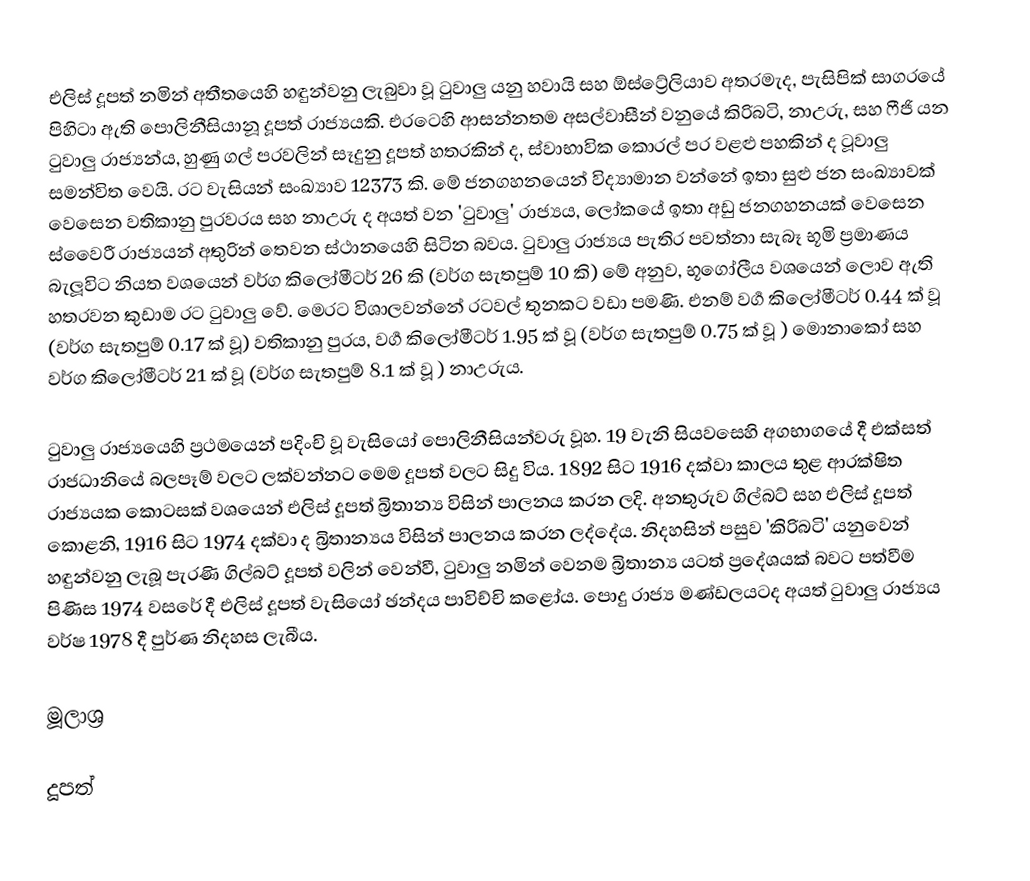
එලිස් දූපත් නමින් අතීතයෙහි හඳුන්වනු ලැබුවා වූ ටුවාලු යනු හවායි සහ ඕස්ට්‍රේලියාව අතරමැද, පැසිපික් සාගරයේ පිහිටා ඇති පොලිනීසියානූ දූපත් රාජ්‍යයකි. එ‍රටෙහි ආසන්නතම අසල්වාසීන් වනුයේ කිරිබටි, නාඋරු, සහ ෆීජි යන ටුවාලු රාජ්‍යන්ය, හුණු ගල් පරවලින් සෑදුනු දූපත් හතරකින් ද, ස්වාභාවික කොරල් පර වළළු පහකින් ද ටූවාලු සමන්විත වෙයි. රට වැසියන් සංඛ්‍යාව 12373 කි. මේ ජනගහනයෙන් විද්‍යාමාන වන්නේ ඉතා සුළු  ජන සංඛ්‍යාවක් වෙසෙන වතිකානු පුරවරය සහ නාඋරු ද අයත් වන 'ටුවාලු' රාජ්‍යය, ලෝකයේ ඉතා අඩු ජනගහනයක් වෙසෙන ස්වෛරී රාජ්‍යයන් අතුරින් තෙවන ස්ථානයෙහි සිටින බවය. ටුවාලු රාජ්‍යය පැතිර පවත්නා සැබෑ භූමි ප්‍රමාණය බැලූවිට නියත වශයෙන් වර්ග කිලෝමීටර් 26 කි (වර්ග සැතපුම් 10 කි) මේ අනුව, භූගෝලීය වශයෙන් ලොව ඇති හතරවන කුඩාම රට ටුවාලු වේ. මෙරට විශාලවන්නේ රටවල් තුනකට වඩා පමණි. එනම් වර්‍ග කිලෝමීටර් 0.44 ක් වූ (වර්ග සැතපුම් 0.17 ක් වූ) වතිකානු පුරය, වර්‍ග කිලෝමීටර් 1.95 ක් වූ (වර්ග සැතපුම් 0.75 ක් වූ ) මොනාකෝ සහ වර්ග කිලෝමීටර් 21 ක් වූ (වර්ග සැතපුම් 8.1 ක් වූ ) නාඋරුය.

ටුවාලු රාජ්‍යයෙහි ප්‍රථමයෙන් පදිංචි වූ වැසි‍යෝ පොලිනීසියන්වරු වූහ. 19 වැනි සියවසෙහි අගභාගයේ දී එක්සත් රාජධානියේ බලපෑම් වලට ලක්වන්නට මෙම දූපත් වලට සිදු විය. 1892 සිට 1916 දක්වා කාලය තුළ ආරක්ෂිත රාජ්‍යයක කොටසක්  වශයෙන් එලිස් දූපත් බ්‍රිතාන්‍ය විසින් පාලනය කරන ලදි. අනතුරුව ගිල්බට් සහ එලිස් දූපත් කොළනි, 1916 සිට 1974 දක්වා ද බ්‍රිතාන්‍යය විසින් පාලනය කරන ලද්දේය. නිදහසින් පසුව 'කිරිබටි' යනුවෙන් හඳුන්වනු ලැබූ පැරණි ගිල්බට් දූපත් වලින් වෙන්වී, ටුවාලු නමින් වෙනම බ්‍රිතාන්‍ය යටත් ප්‍රදේශයක් බවට පත්වීම පිණිස 1974 වසරේ දී එලිස් දූපත් වැසියෝ ඡන්දය පාවිච්චි කළෝය. පොදු රාජ්‍ය මණ්ඩලයටද අයත් ටුවාලු රාජ්‍යය වර්ෂ 1978 දී පුර්ණ නිදහස ලැබීය.

මූලාශ්‍ර

දූපත්